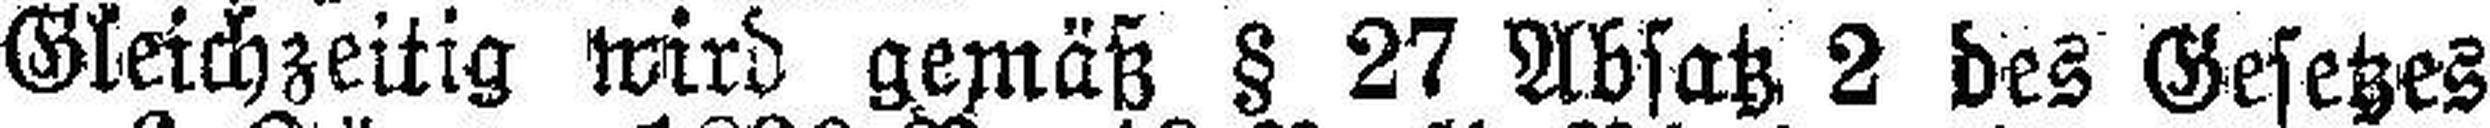
Gleichzeitig wird gemäß 8 27 Absatz 2 des Gesetzes